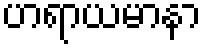
ဟရာယမာနာ